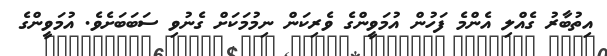
އިތުބާރު ގެއްލި އެންމެ ފަހުން އުމަވީންގެ ވެރިކަން ނިމުމަކަށް ގެނުވި ސަބަބަށެވެ. އުމަވީންގެ